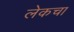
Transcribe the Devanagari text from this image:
लेकचा